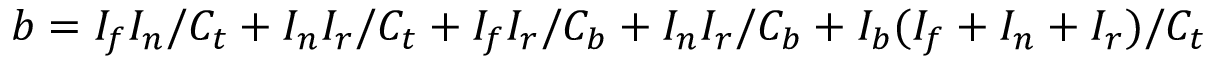
b = I _ { f } I _ { n } / C _ { t } + I _ { n } I _ { r } / C _ { t } + I _ { f } I _ { r } / C _ { b } + I _ { n } I _ { r } / C _ { b } + I _ { b } ( I _ { f } + I _ { n } + I _ { r } ) / C _ { t }